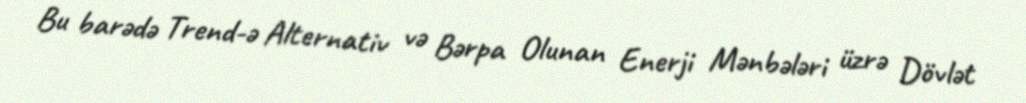
Bu barədə Trend-ə Alternativ və Bərpa Olunan Enerji Mənbələri üzrə Dövlət